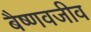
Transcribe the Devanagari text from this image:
बैष्णवजीव